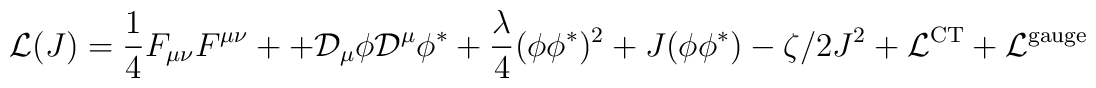
{\cal L}(J) = \frac{1}{4}F_{\mu\nu}F^{\mu\nu}+ +{\cal D}_\mu \phi {\cal D}^\mu \phi^{*} + \frac{\lambda}{4} (\phi \phi^*)^2+ J(\phi \phi^*)- \zeta/2 J^2+{\cal L}^{\rm CT}+{\cal L}^{\rm gauge}